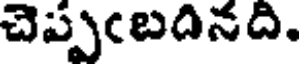
చెప్పఁబదినది.